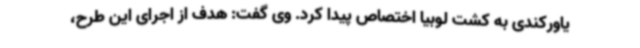
یاورکندی به کشت لوبیا اختصاص پیدا کرد. وی گفت: هدف از اجرای این طرح،